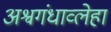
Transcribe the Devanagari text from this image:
अश्वगंधाव्लेहा